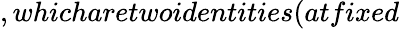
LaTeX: ,whicharetwoidentities(atfixed